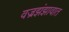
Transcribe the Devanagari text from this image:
वज्रझंझावात